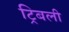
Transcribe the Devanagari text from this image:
ट्रिबली